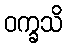
ဝက္ခသိ